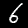
Label: 6